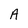
Character: A